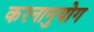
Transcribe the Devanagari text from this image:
करनानुयोग